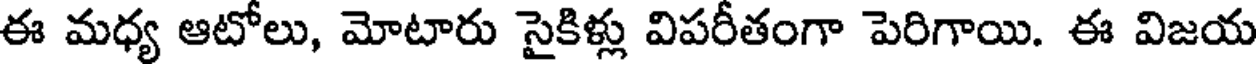
ఈ మధ్య ఆటోలు, మోటారు సైకిళ్లు విపరీతంగా పెరిగాయి. ఈ విజయ